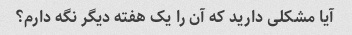
آیا مشکلی دارید که آن را یک هفته دیگر نگه دارم؟